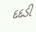
દદડી